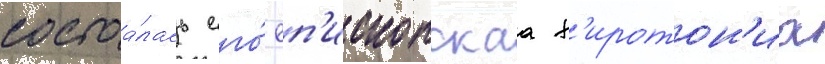
состоа́лась его́ еп'ископскаа х'иротон'иа